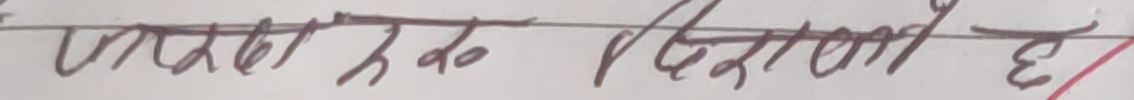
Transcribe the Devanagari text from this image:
उसको हक दिलाउनी छ।